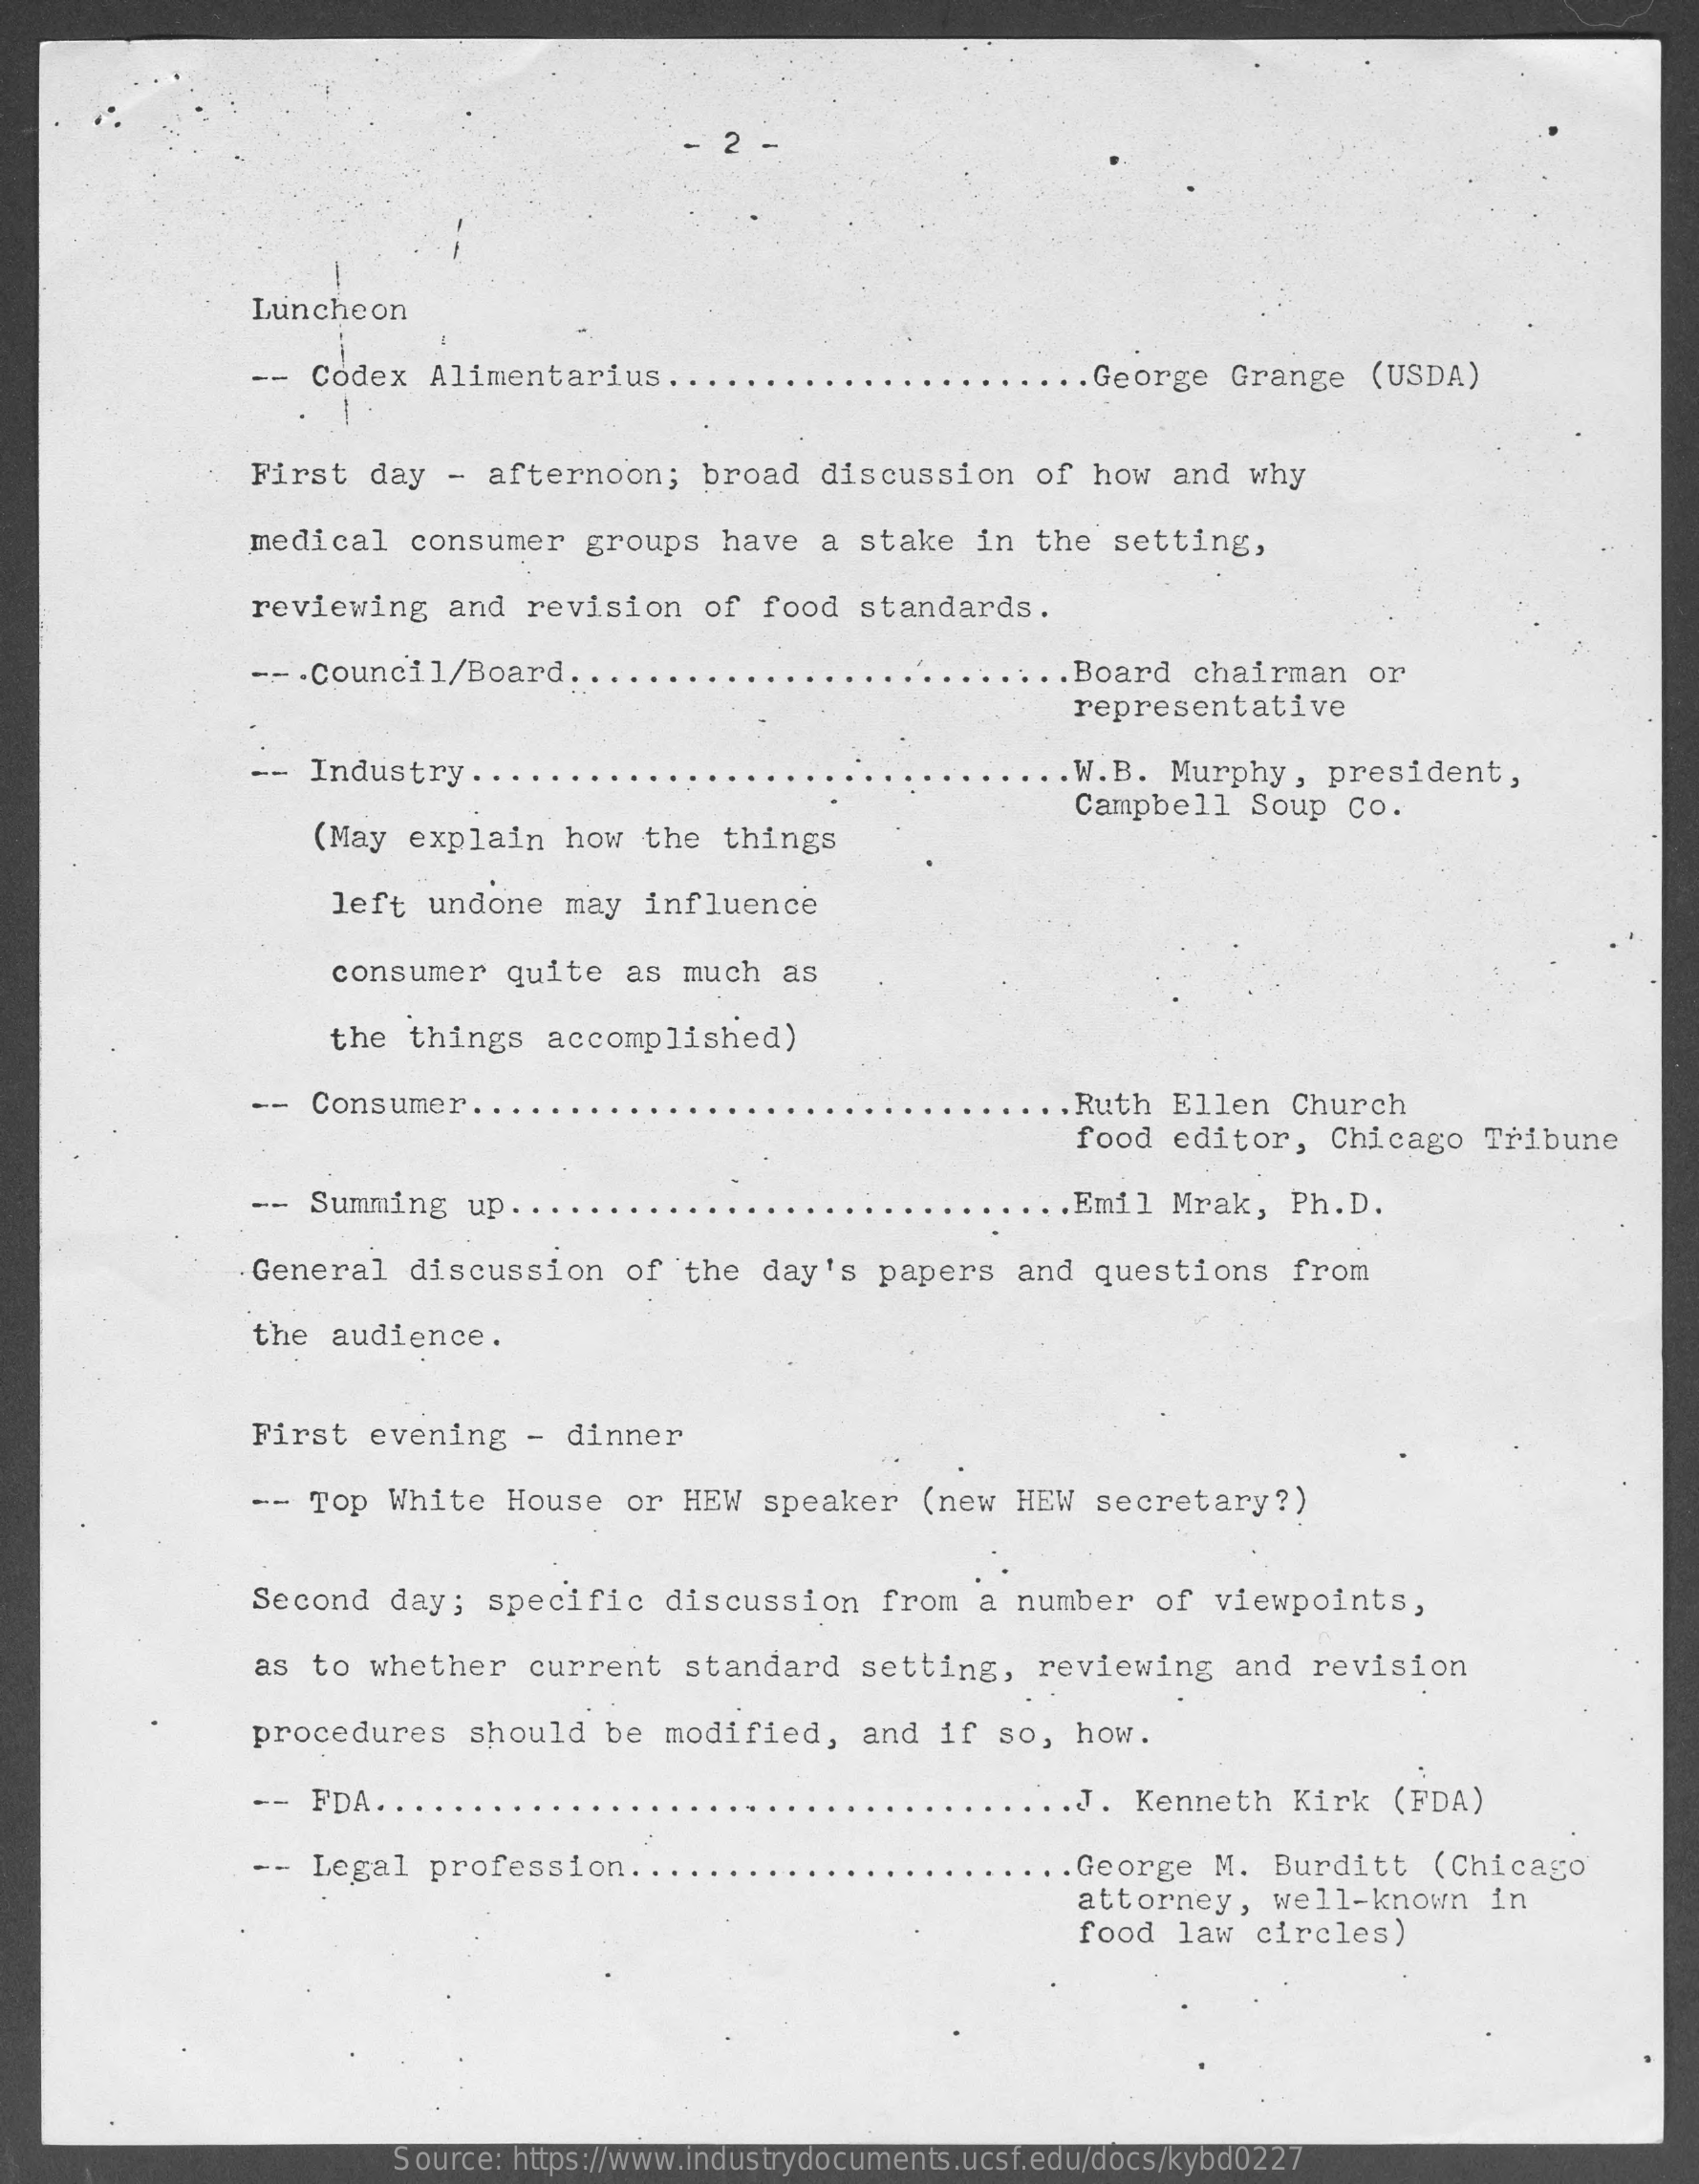
Luncheon
     --  Codex   Alimentarius    . . George Grange   (USDA)
     First  day  -  afternoon;    broad  discussion    of  how  and  why
     medical   consumer   groups   have  a  stake  in  the  setting,
     reviewing   and  revision    of food   standards.
     -- . Council/Board  ....    ... Board chairman    or
     representative
     -- Industry   ..    .W.B.  Murphy,   president,
     (May explain    how  the  things
     Campbell   Soup  Co.
     left  undone   may  influence
     consumer   quite   as much   as
     the things    accomplished)
     -- Consumer   ..    . Ruth Ellen   Church
     food  editor,   Chicago   Tribune
     -- Summing    up.    .Emil  Mrak,   Ph.D.
     .General  discussion    of  the day's   papers   and  questions    from
     the audience.
     First  evening   -  dinner
     -- Top  White   House   or HEW   speaker   (new  HEW  secretary?)
     Second  day;   specific   discussion    from   a number   of  viewpoints,
     as to  whether   current   standard    setting,   reviewing    and  revision
     procedures    should  be  modified,    and  if  so,  how.
     -- FDA ...    .J. Kenneth    Kirk  (FDA)
     -- Legal   profession   ..    . George  M. Burditt    (Chicago
     attorney,   well-known    in
     food  law  circles)
     Source: https://www.industrydocuments.ucsf.edu/docs/kybd0227